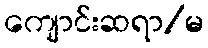
ကျောင်းဆရာ/မ